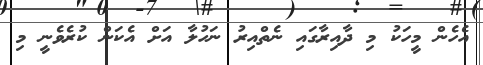
އެހެން މީހަކު މި ދާއިރާގައި ނެތްއިރު ނަހުލާ އަށް އެކަން ކުރެވެނީ މި